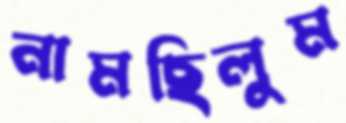
নামছিলুম